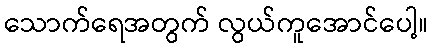
သောက်ရေအတွက် လွယ်ကူအောင်ပေါ့။